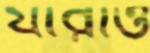
যাঁরাও